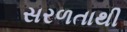
સરળતાથી